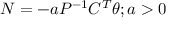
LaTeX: N = - a P ^ { - 1 } C ^ { T } \theta ; a > 0